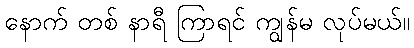
နောက် တစ် နာရီ ကြာရင် ကျွန်မ လုပ်မယ်။